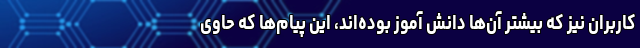
کاربران نیز که بیشتر آن‌ها دانش آموز بوده‌اند، این پیام‌ها که حاوی